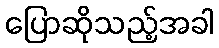
ပြောဆိုသည့်အခါ